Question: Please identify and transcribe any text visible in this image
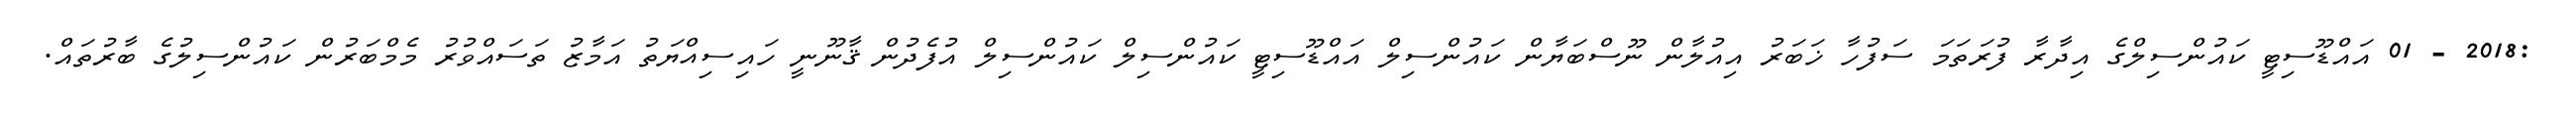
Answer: :2018 - 01 އައްޑޫސިޓީ ކައުންސިލްގެ އިދާރާ ފުރަތަމަ ސަފުހާ ޚަބަރު އިއުލާން ނޫސްބަޔާން ކައުންސިލް އައްޑޫސިޓީ ކައުންސިލް ކައުންސިލް އުފެދުން ޤާނޫނީ ހައިސިއްޔަތު އަމާޒު ތަސައްވުރު މެމްބަރުން ކައުންސިލުގެ ބާރުތައް.